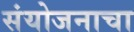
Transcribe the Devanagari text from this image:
संयोजनाचा